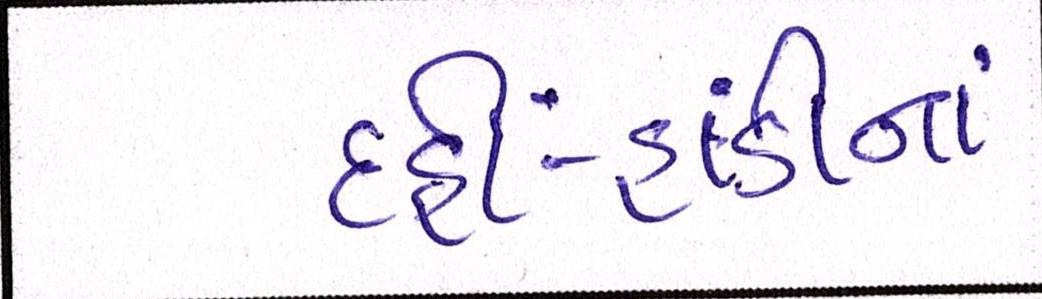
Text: દહીં-હાંડીનાં